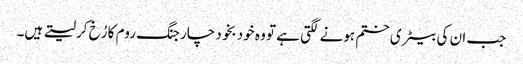
جب ان کی بیٹری ختم ہونے لگتی ہے تو وہ خود بخود چارجنگ روم کا رُخ کرلیتے ہیں۔